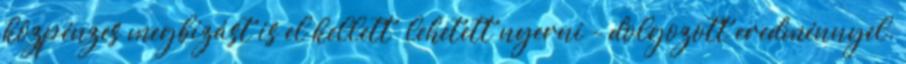
közpénzes megbízást is el kellett lehetett nyerni - dolgozott eredménnyel.